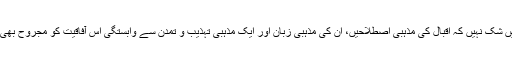
مگر اس میں شک نہیں کہ اقبال کی مذہبی اصطلاحیں، ان کی مذہبی زبان اور ایک مذہبی تہذیب و تمدن سے وابستگی اس آفاقیت کو مجروح بھی کرتی ہے۔